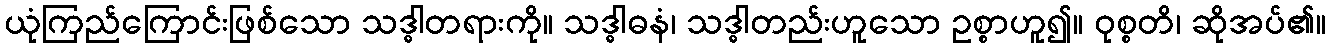
ယုံကြည်ကြောင်းဖြစ်သော သဒ္ဓါတရားကို။ သဒ္ဓါဓနံ၊ သဒ္ဓါတည်းဟူသော ဥစ္စာဟူ၍။ ဝုစ္စတိ၊ ဆိုအပ်၏။